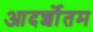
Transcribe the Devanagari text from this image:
आदर्शोतम